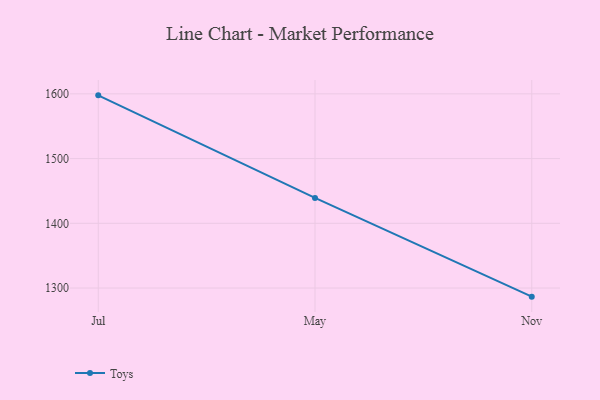
{"axis": {"x": "Month", "y": "LTV (USD)"}, "legend": ["Toys"], "data": [{"x": "Jul", "y": 1597.7, "type": "Toys"}, {"x": "May", "y": 1439.3, "type": "Toys"}, {"x": "Nov", "y": 1286.7, "type": "Toys"}]}